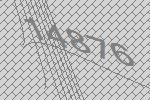
14876